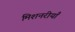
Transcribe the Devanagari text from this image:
मिशनरीयाँ